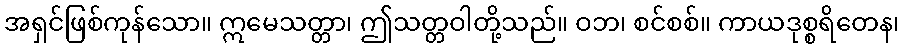
အရှင်ဖြစ်ကုန်သော။ ဣမေသတ္တာ၊ ဤသတ္တဝါတို့သည်။ ဝဘ၊ စင်စစ်။ ကာယဒုစ္စရိတေန၊